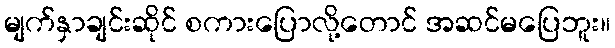
မျက်နှာချင်းဆိုင် စကားပြောလို့တောင် အဆင်မပြေဘူး။